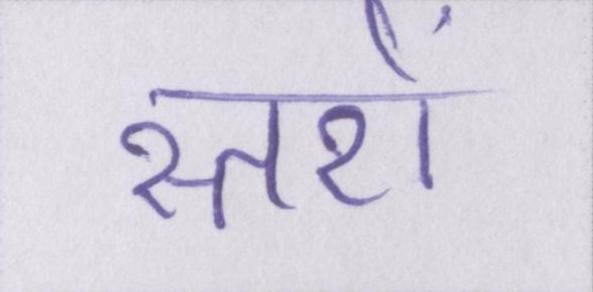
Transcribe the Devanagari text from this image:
स्तरों